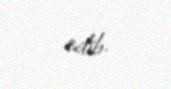
edib.